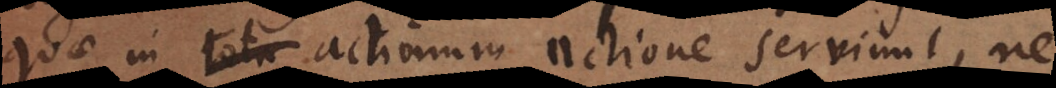
quae in actionum actione serviunt, ne